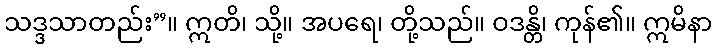
သဒ္ဒသာတည်း”။ ဣတိ၊ သို့။ အပရေ၊ တို့သည်။ ဝဒန္တိ၊ ကုန်၏။ ဣမိနာ